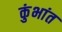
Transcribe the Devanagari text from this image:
कुंभांत